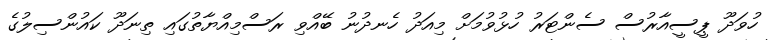
ހުވަދޫ ޕީސީއާރުސް ސެންޓަރު ހުޅުވުމަށް މިއަދު ހެނދުނު ބޭއްވި ރަސްމިއްޔާތުގައި ތިނަދޫ ކައުންސިލުގެ